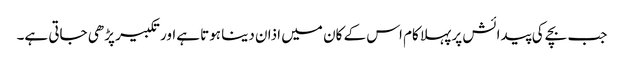
جب بچے کی پیدائش پر پہلا کام اس کے کان میں اذان دینا ہوتا ہےاور تکبیر پڑھی جاتی ہے۔